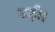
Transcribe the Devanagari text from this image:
उड़ी।